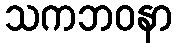
သကဘဝနာ